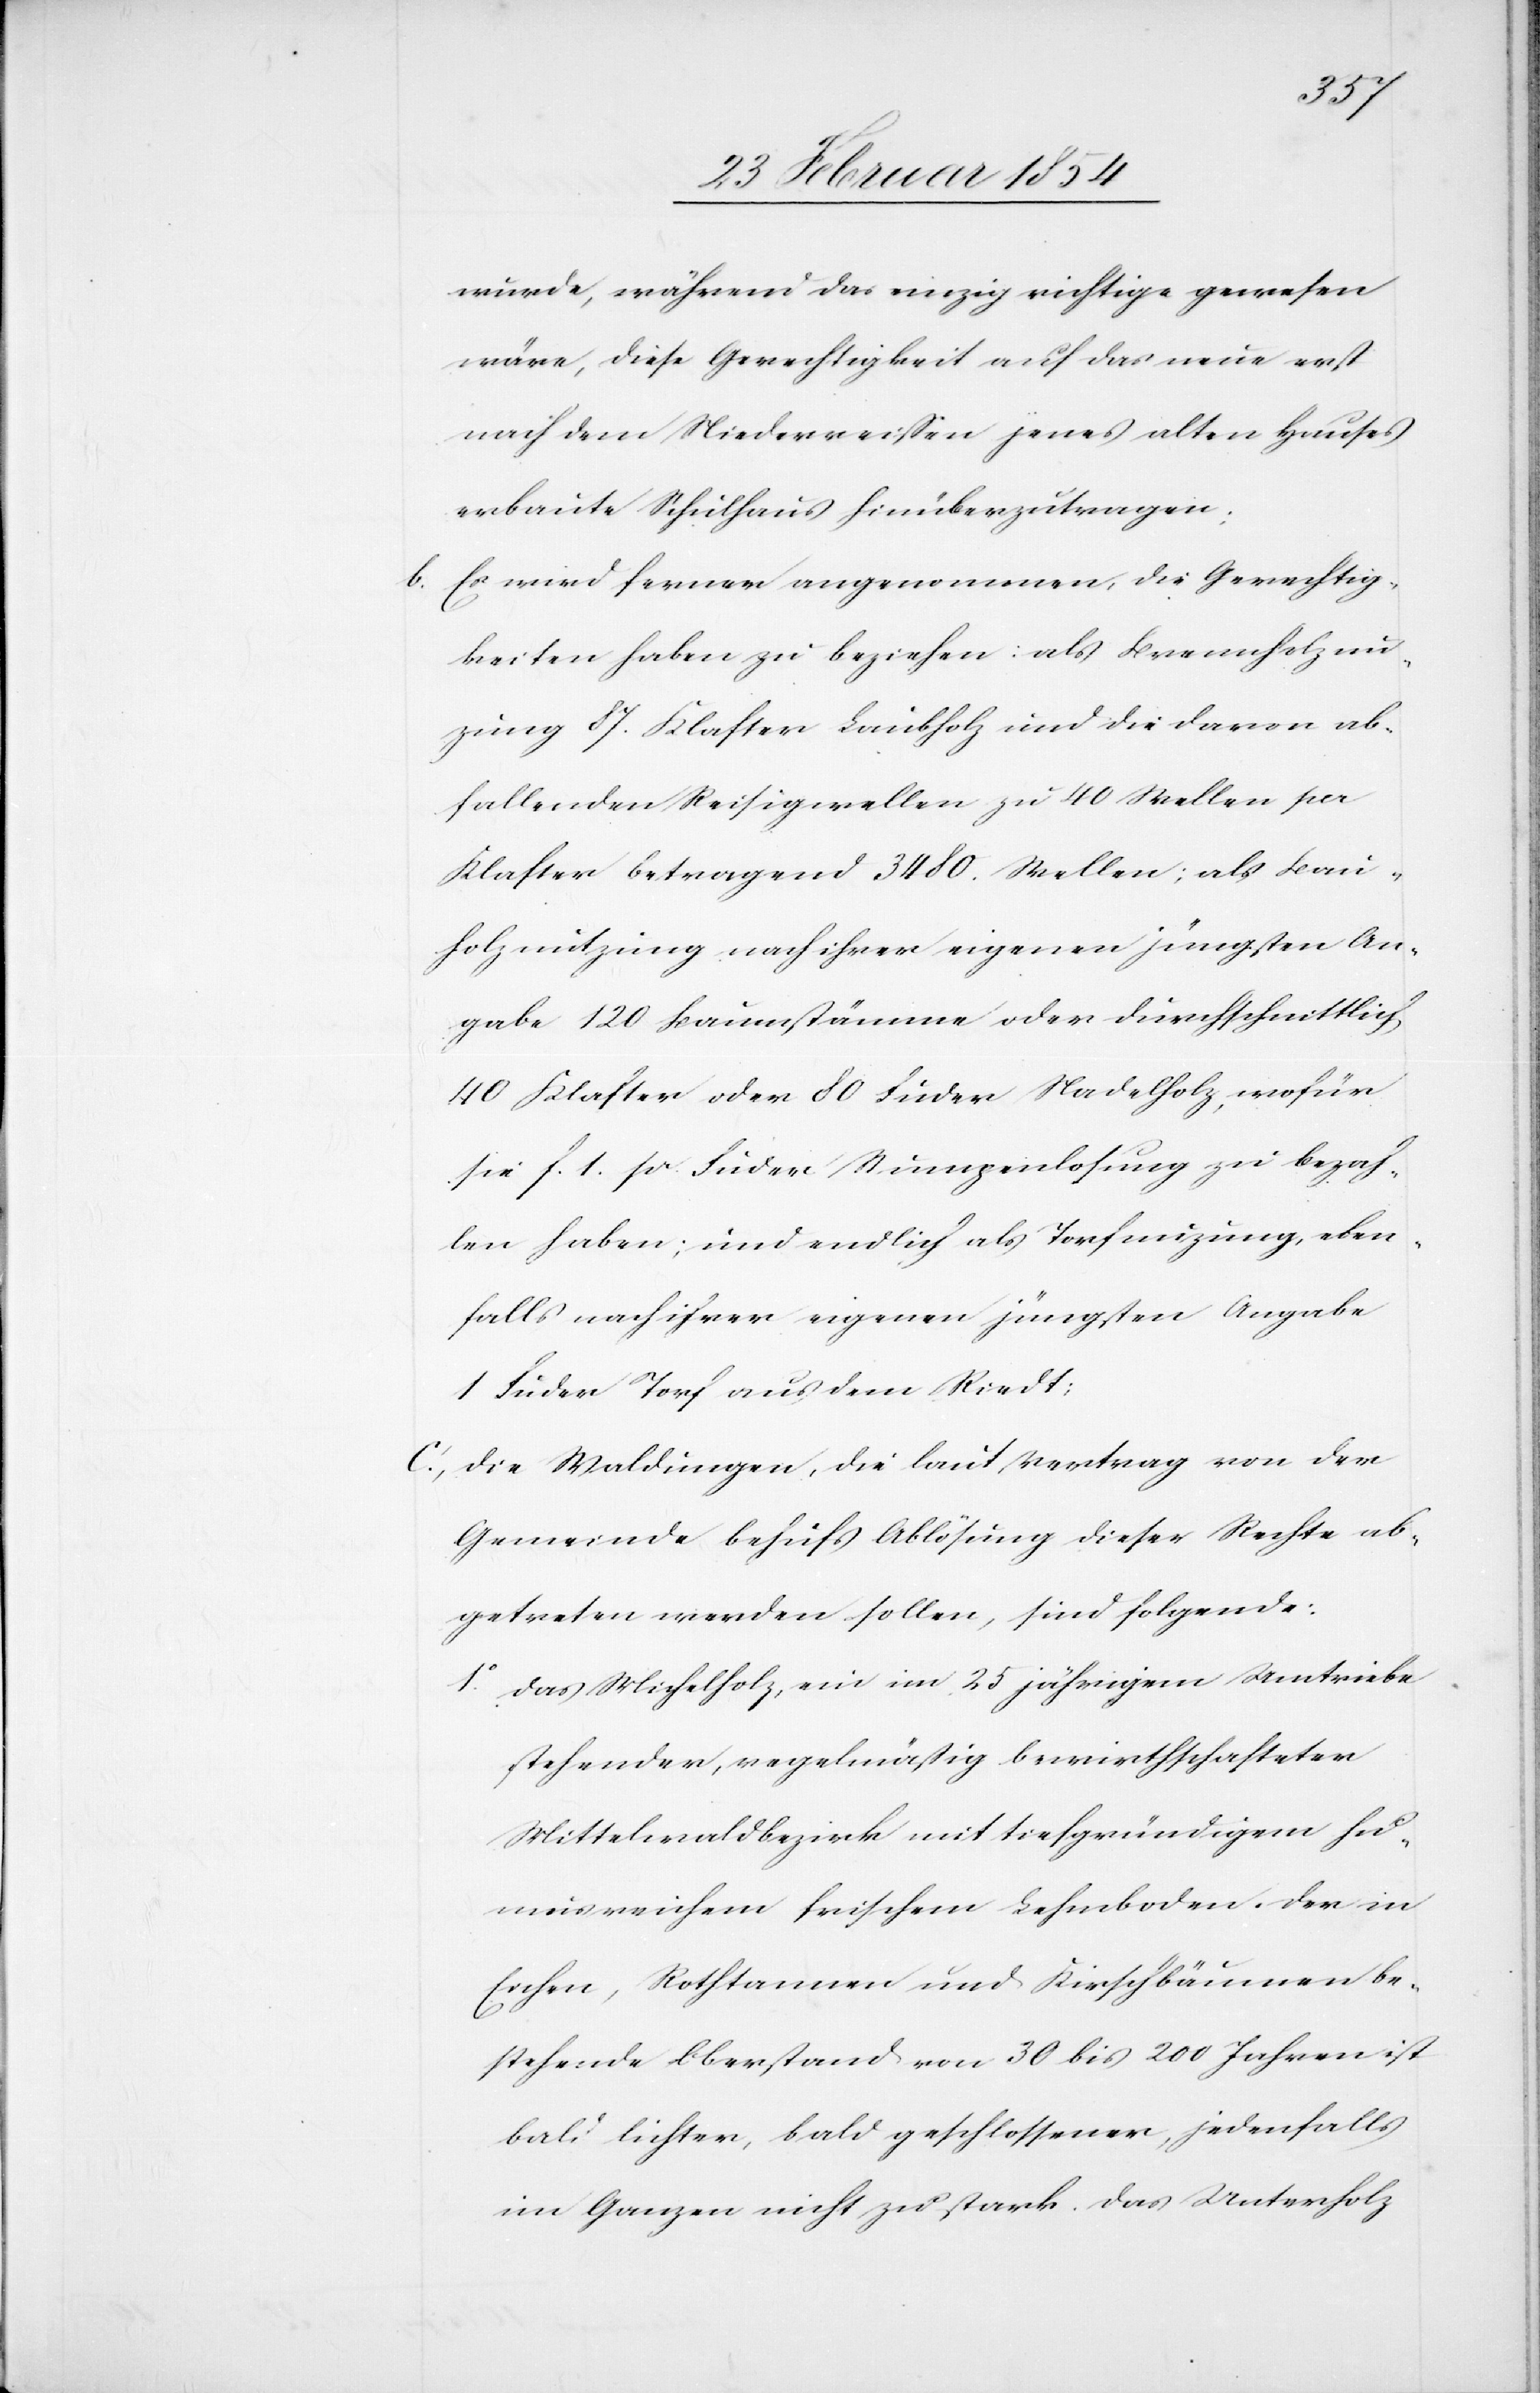
wurde, während das einzig richtige gewesen
wäre, diese Gerechtigkeit auf das neue erst
nach dem Niederreißen jenes alten Hauses
erbaute Schulhaus hinüberzutragen.
b. Es wird ferner angenommen, die Gerechtig¬
keiten haben zu beziehen: als Brennholznu¬
zung 87. Klaster Laubholz und die davon ab¬
fallenden Reisigwellen zu 40 Wellen pr
Klaster betragend 3480. Wellen; als Bau¬
holznutzung nach ihrer eigenen jüngsten An¬
gabe 120 Baumstämme oder durchschnittlich
40 Klaster oder 80 Fuder Nadelholz, wofür
sie F. 1. pr. Fuder Stumpenlosung zu bezah¬
len haben; und endlich als Torfnuzung, eben¬
falls nach ihrer eigenen jüngsten Angabe
1 Fuder Torf aus dem Riedt;
c., Die Waldungen, die laut Vertrag von der
Gemeinde behufs Ablösung dieser Rechte ab¬
getreten werden sollen, sind folgende:
1o Das Michelholz, ein im 25 jährigem Umtriebe
stehender, regelmäßig bewirthschafteter
Mittelwaldbezirk mit tiefgründigem hu¬
musreichem frischem Lehmboden. Der in
Eichen, Rothtannen und Kirschbäumen be¬
stehende Oberstand von 30 bis 200 Jahren ist
bald lichter, bald geschlossener, jedenfalls
im Ganzen nicht zu stark. Das Unterholz